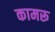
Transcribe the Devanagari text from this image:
कामरू